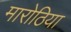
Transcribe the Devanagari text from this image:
मारोठिया